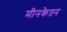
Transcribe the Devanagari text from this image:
मीनकेतन